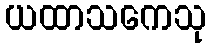
ယထာသကေသု